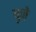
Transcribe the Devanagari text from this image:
बुजे